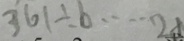
3 6 1 \div b \cdots 2 x